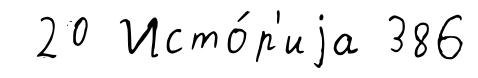
20 Исто́р'иjа 386